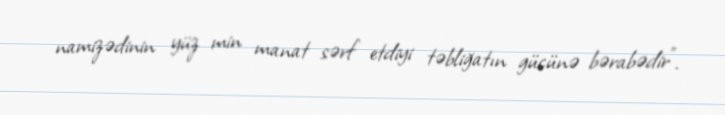
namizədinin yüz min manat sərf etdiyi təbliğatın gücünə bərabədir”.